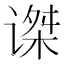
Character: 𰵼